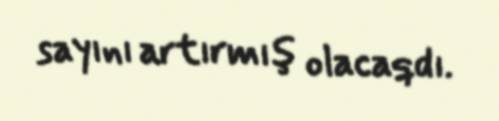
sayını artırmış olacaqdı.